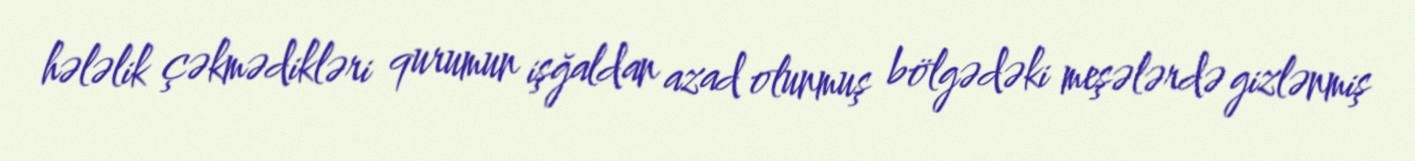
hələlik çəkmədikləri qurumun işğaldan azad olunmuş bölgədəki meşələrdə gizlənmiş